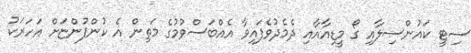
ސިޓީ ކައުންސިލާއި ގޯ މީޑިއާއާއި ދެމެދުވެފައިވާ އެއްބަސްވުމުގެ މަތިން އެ ކުންފުންޏަށް އަހަރަކު